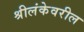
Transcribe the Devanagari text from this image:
श्रीलंकेवरील